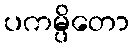
ပကမ္ပိတော